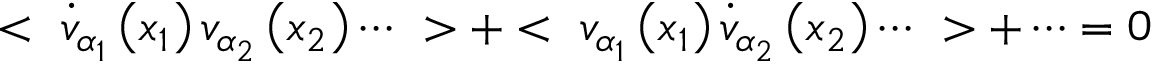
< ~ \dot { v } _ { \alpha _ { 1 } } \left( x _ { 1 } \right) v _ { \alpha _ { 2 } } \left( x _ { 2 } \right) \cdots ~ > + < ~ v _ { \alpha _ { 1 } } \left( x _ { 1 } \right) \dot { v } _ { \alpha _ { 2 } } \left( x _ { 2 } \right) \cdots ~ > + \cdots = 0